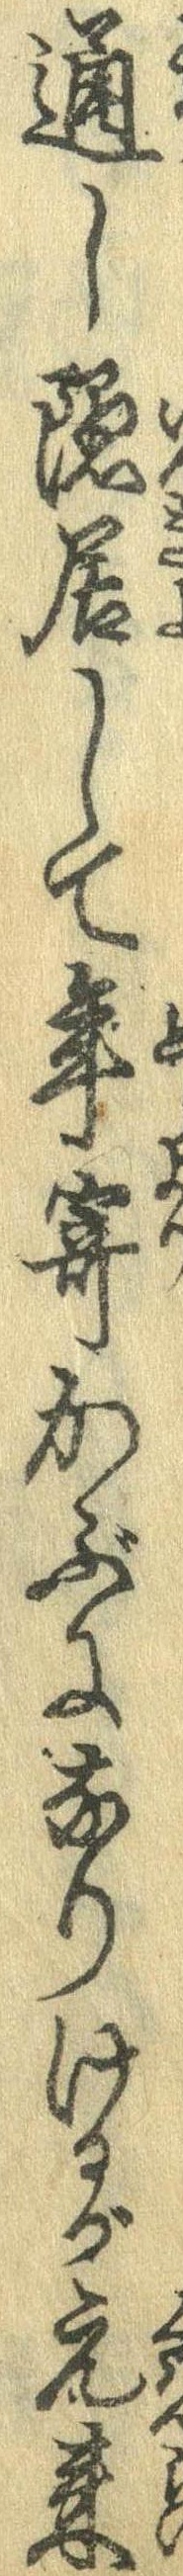
通し隠居して年寄かぶになりけるが元来